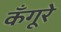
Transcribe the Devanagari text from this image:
कँगूरे